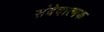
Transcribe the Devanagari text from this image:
संवेदात्मक